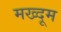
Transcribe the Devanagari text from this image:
मख्दूम